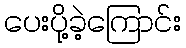
ပေးပို့ခဲ့ကြောင်း